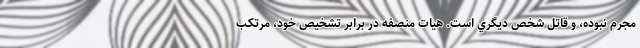
مجرم نبوده، و قاتل شخص ديگري است. هيات منصفه در برابر تشخیص خود، مرتكب